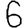
Digit: 6